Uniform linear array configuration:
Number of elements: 4
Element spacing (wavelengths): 0.5
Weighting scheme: blackman
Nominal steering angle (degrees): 0
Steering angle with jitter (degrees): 0.8681
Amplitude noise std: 0.05
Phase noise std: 0.05

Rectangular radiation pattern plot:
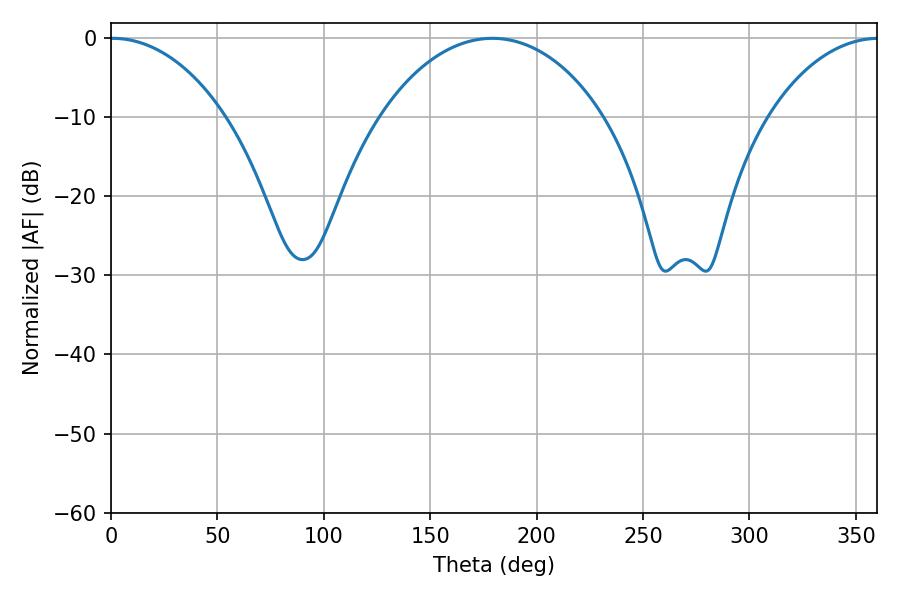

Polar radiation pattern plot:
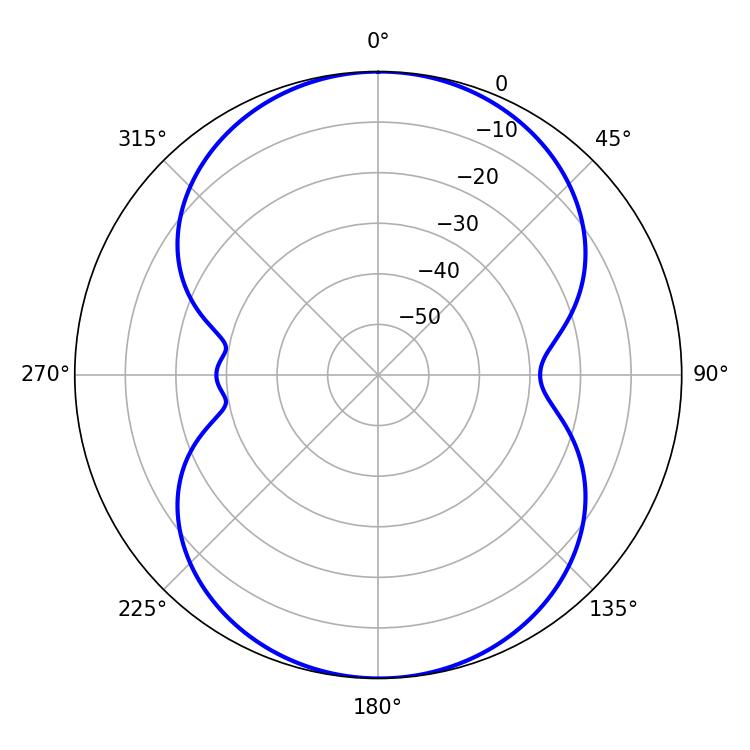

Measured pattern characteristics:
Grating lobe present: FALSE
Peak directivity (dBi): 17.206
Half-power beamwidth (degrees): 30.78
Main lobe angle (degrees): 0.72